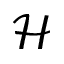
\mathcal { H }